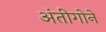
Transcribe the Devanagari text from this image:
अंतीगोने